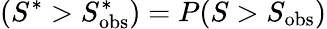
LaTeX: (S^{\ast}>S_{\mathrm{obs}}^{\ast})=P(S>S_{\mathrm{obs}})